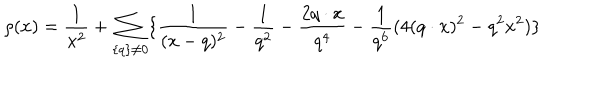
LaTeX: \rho ( x ) = \frac { 1 } { x ^ { 2 } } + \sum _ { \{ q \} \neq 0 } \{ \frac { 1 } { ( x - q ) ^ { 2 } } - \frac { 1 } { q ^ { 2 } } - \frac { 2 q \cdot x } { q ^ { 4 } } - \frac { 1 } { q ^ { 6 } } ( 4 ( q \cdot x ) ^ { 2 } - q ^ { 2 } x ^ { 2 } ) \}